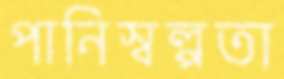
পানিস্বল্পতা